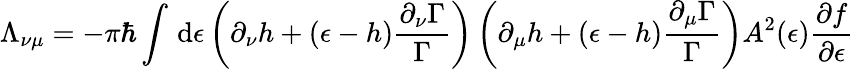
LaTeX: \Lambda_{\nu\mu}=-\pi\hbar\int\mathop{}\mathrm{d}\epsilon\left(\partial_{\nu}h+(\epsilon-h)\frac{\partial_{\nu}\Gamma}{\Gamma}\right)\left(\partial_{\mu}h+(\epsilon-h)\frac{\partial_{\mu}\Gamma}{\Gamma}\right)A^{2}(\epsilon)\frac{\partial f}{\partial\epsilon}